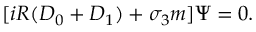
[ i R ( { \cal D } _ { 0 } + { \cal D } _ { 1 } ) + \sigma _ { 3 } m ] \Psi = 0 .